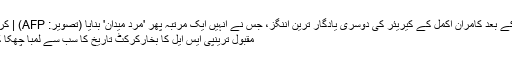
موہالی کے بعد کامران اکمل کے کیریئر کی دوسری یادگار ترین اننگز، جس نے انہیں ایک مرتبہ پھر 'مرد میدان' بنایا (تصویر: AFP) | کرک نامہ
مقبول ترینپی ایس ایل کا بخارکرکٹ تاریخ کا سب سے لمبا چھکا کون سا؟